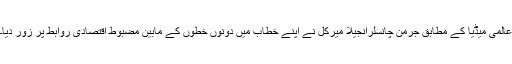
عالمی میڈیا کے مطابق جرمن چانسلرانجیلا میرکل نے اپنے خطاب میں دونوں خطّوں کے مابین مضبوط اقتصادی روابط پر زور دیا۔